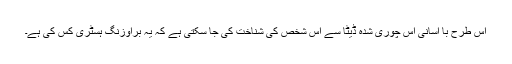
اس طرح با آسانی اس چوری شدہ ڈیٹا سے اس شخص کی شناخت کی جا سکتی ہے کہ یہ براؤزنگ ہسٹری کس کی ہے۔